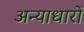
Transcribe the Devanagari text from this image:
अन्याधारों